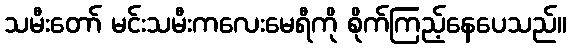
သမီးတော် မင်းသမီးကလေးမေရီကို စိုက်ကြည့်နေပေသည်။